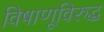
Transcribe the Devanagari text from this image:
विषाणूविरुद्ध